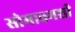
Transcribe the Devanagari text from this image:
सोमावमशी